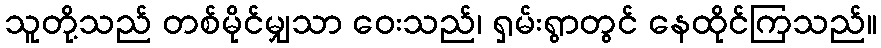
သူတို့သည် တစ်မိုင်မျှသာ ဝေးသည်၊ ရှမ်းရွာတွင် နေထိုင်ကြသည်။